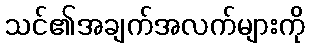
သင်၏အချက်အလက်များကို